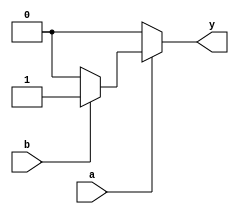
`timescale 1ns / 1ps

module and1(a,b,y);
input a,b;
output reg y;
always @ (a or b) begin
   if (a == 1'b1) begin
   		if(b == 1'b1)
       		y = 1'b1;
       	else
       		y = 1'b0;
   end
   else 
       y = 1'b0; 
end
endmodule

module bitand(a,b,y);
	input [63:0] a,b;
	output [63:0] y;

	and1 t0(.a(a[0]),.b(b[0]),.y(y[0]));
	and1 t1(.a(a[1]),.b(b[1]),.y(y[1]));
	and1 t2(.a(a[2]),.b(b[2]),.y(y[2]));
	and1 t3(.a(a[3]),.b(b[3]),.y(y[3]));
	and1 t4(.a(a[4]),.b(b[4]),.y(y[4]));
	and1 t5(.a(a[5]),.b(b[5]),.y(y[5]));
	and1 t6(.a(a[6]),.b(b[6]),.y(y[6]));
	and1 t7(.a(a[7]),.b(b[7]),.y(y[7]));
	and1 t8(.a(a[8]),.b(b[8]),.y(y[8]));
	and1 t9(.a(a[9]),.b(b[9]),.y(y[9]));
	and1 t10(.a(a[10]),.b(b[10]),.y(y[10]));
	and1 t11(.a(a[11]),.b(b[11]),.y(y[11]));
	and1 t12(.a(a[12]),.b(b[12]),.y(y[12]));
	and1 t13(.a(a[13]),.b(b[13]),.y(y[13]));
	and1 t14(.a(a[14]),.b(b[14]),.y(y[14]));
	and1 t15(.a(a[15]),.b(b[15]),.y(y[15]));
	and1 t16(.a(a[16]),.b(b[16]),.y(y[16]));
	and1 t17(.a(a[17]),.b(b[17]),.y(y[17]));
	and1 t18(.a(a[18]),.b(b[18]),.y(y[18]));
	and1 t19(.a(a[19]),.b(b[19]),.y(y[19]));
	and1 t20(.a(a[20]),.b(b[20]),.y(y[20]));
	and1 t21(.a(a[21]),.b(b[21]),.y(y[21]));
	and1 t22(.a(a[22]),.b(b[22]),.y(y[22]));
	and1 t23(.a(a[23]),.b(b[23]),.y(y[23]));
	and1 t24(.a(a[24]),.b(b[24]),.y(y[24]));
	and1 t25(.a(a[25]),.b(b[25]),.y(y[25]));
	and1 t26(.a(a[26]),.b(b[26]),.y(y[26]));
	and1 t27(.a(a[27]),.b(b[27]),.y(y[27]));
	and1 t28(.a(a[28]),.b(b[28]),.y(y[28]));
	and1 t29(.a(a[29]),.b(b[29]),.y(y[29]));
	and1 t30(.a(a[30]),.b(b[30]),.y(y[30]));
	and1 t31(.a(a[31]),.b(b[31]),.y(y[31]));
    and1 t32(.a(a[32]),.b(b[32]),.y(y[32]));
    and1 t33(.a(a[33]),.b(b[33]),.y(y[33]));
    and1 t34(.a(a[34]),.b(b[34]),.y(y[34]));
    and1 t35(.a(a[35]),.b(b[35]),.y(y[35]));
    and1 t36(.a(a[36]),.b(b[36]),.y(y[36]));
    and1 t37(.a(a[37]),.b(b[37]),.y(y[37]));
    and1 t38(.a(a[38]),.b(b[38]),.y(y[38]));
    and1 t39(.a(a[39]),.b(b[39]),.y(y[39]));
    and1 t40(.a(a[40]),.b(b[40]),.y(y[40]));
    and1 t41(.a(a[41]),.b(b[41]),.y(y[41]));
    and1 t42(.a(a[42]),.b(b[42]),.y(y[42]));
    and1 t43(.a(a[43]),.b(b[43]),.y(y[43]));
    and1 t44(.a(a[44]),.b(b[44]),.y(y[44]));
    and1 t45(.a(a[45]),.b(b[45]),.y(y[45]));
    and1 t46(.a(a[46]),.b(b[46]),.y(y[46]));
    and1 t47(.a(a[47]),.b(b[47]),.y(y[47]));
    and1 t48(.a(a[48]),.b(b[48]),.y(y[48]));
    and1 t49(.a(a[49]),.b(b[49]),.y(y[49]));
    and1 t50(.a(a[50]),.b(b[50]),.y(y[50]));
    and1 t51(.a(a[51]),.b(b[51]),.y(y[51]));
    and1 t52(.a(a[52]),.b(b[52]),.y(y[52]));
    and1 t53(.a(a[53]),.b(b[53]),.y(y[53]));
    and1 t54(.a(a[54]),.b(b[54]),.y(y[54]));
    and1 t55(.a(a[55]),.b(b[55]),.y(y[55]));
    and1 t56(.a(a[56]),.b(b[56]),.y(y[56]));
    and1 t57(.a(a[57]),.b(b[57]),.y(y[57]));
    and1 t58(.a(a[58]),.b(b[58]),.y(y[58]));
    and1 t59(.a(a[59]),.b(b[59]),.y(y[59]));
    and1 t60(.a(a[60]),.b(b[60]),.y(y[60]));
    and1 t61(.a(a[61]),.b(b[61]),.y(y[61]));
    and1 t62(.a(a[62]),.b(b[62]),.y(y[62]));
    and1 t63(.a(a[63]),.b(b[63]),.y(y[63]));
    
endmodule